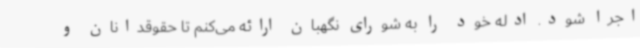
اجرا شود. ادله خود را به شورای نگهبان ارائه می‌کنم تا حقوقدانان و